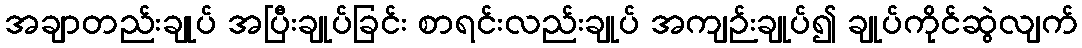
အချာတည်းချုပ် အပြီးချုပ်ခြင်း စာရင်းလည်းချုပ် အကျဉ်းချုပ်၍ ချုပ်ကိုင်ဆွဲလျက်